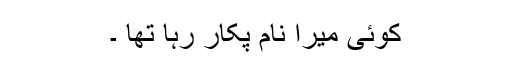
کوئی میرا نام پکار رہا تھا ۔